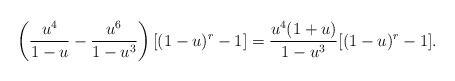
LaTeX: \begin{align*} \left( \frac{u^4}{1-u} - \frac{u^6}{1-u^3} \right)[(1-u)^r-1] = \frac{u^4(1+u)}{1-u^3} [(1-u)^r -1]. \end{align*}